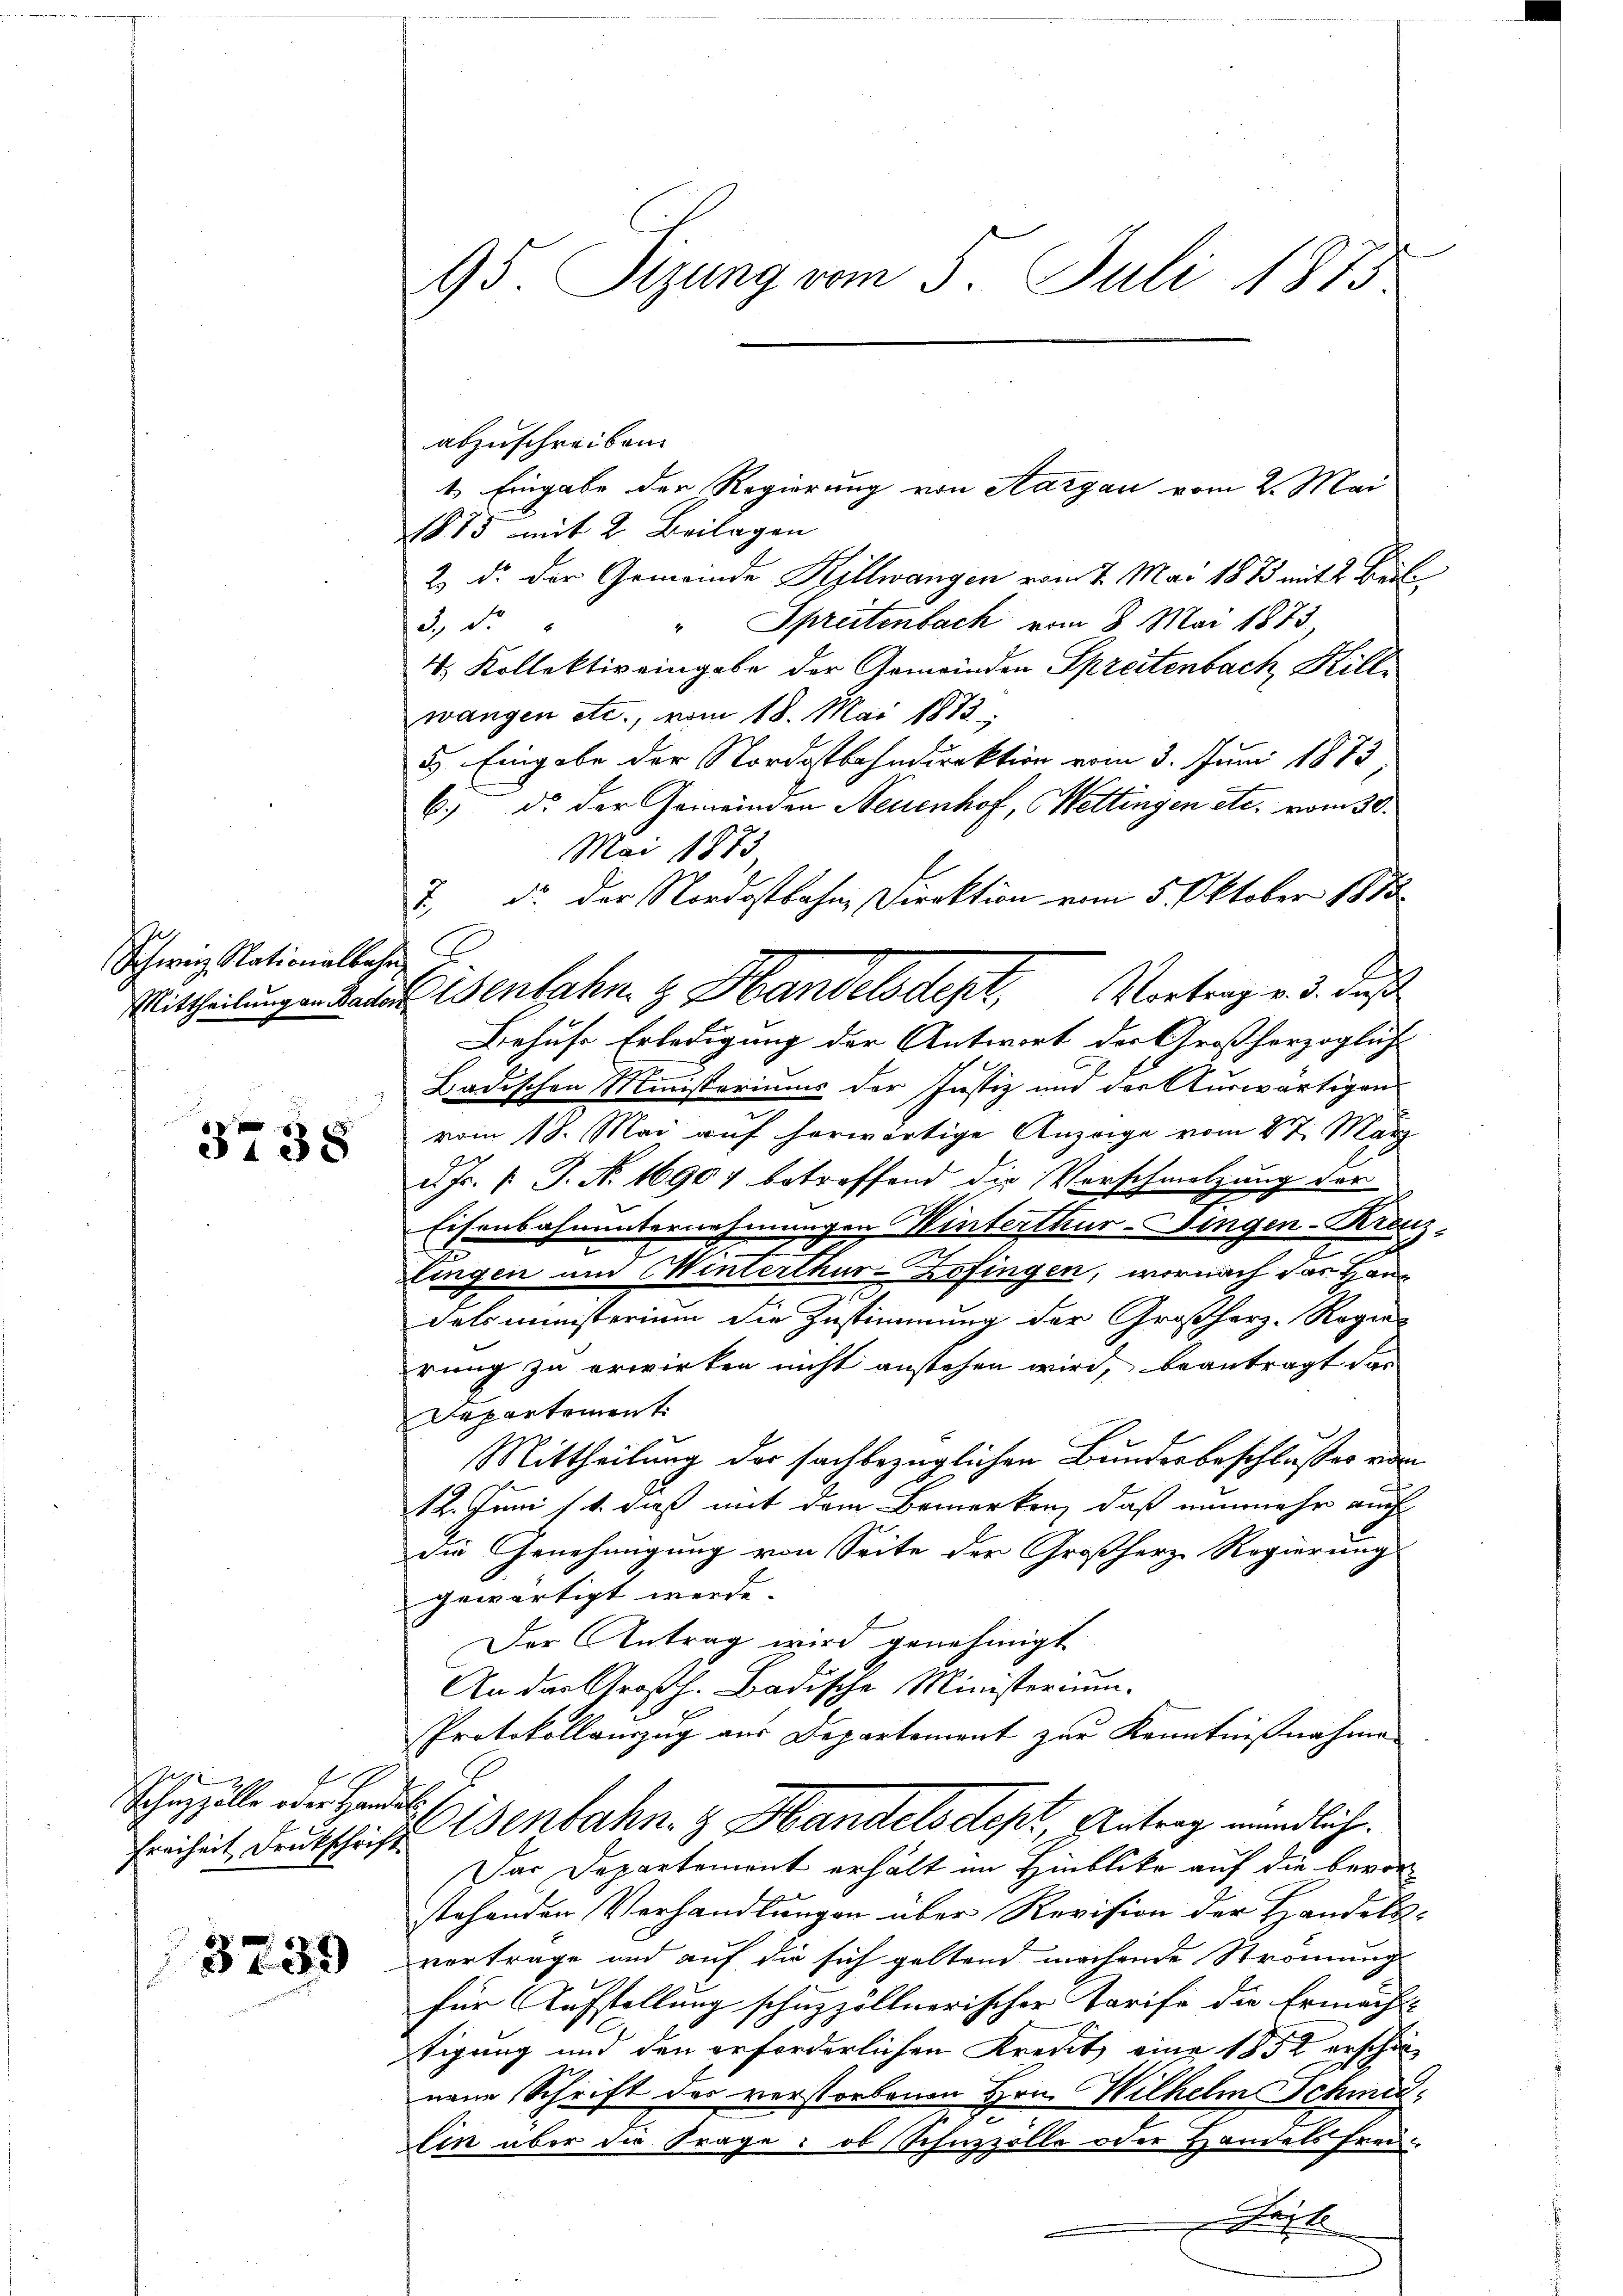
Schweiz Nationalbahn

s

3738

Schanzelle oder Herr

3739

95. Sizung vom 5. Juli 1875.

abzuschreiben.
4. Eingabe der Regierung von Aargau vom 2. Mai
1875 mit 2 Beilagen
2) Dr. der Gemeinde Kyllwangen vom 7. Mai 1873 mit 2. Beil
" Spreitenbach vom 8. Mai 1873,
3., di
4. Kollektiv eingabe der Gemeinden Spreitenbach, Killwangen etc., vom 18. Mai 1872
5 Eingabe der Nordostbahndirektion vom 3. Juni 1873
6. ds der Gemeinden Neuenhof, Wettingen etc. vom 30.
Mai 1873
7. d. der Nordostbahn, Direktion vom 5. Oktober 1858
Behufe Erledigung der Antwort der Großherzoglich
u
Badischen Ministeriums der Justiz und der Auswärtigen
vom 18. Mai auf herwärtige Anzeige vom 27. März
2 Fr. v. J. N. 16907 betreffend die Verschmelzung der
u
Eisenbahnunternehmungen Winterthur-Dingen-Kranz,
lingen und Winterthur-Zofingen, wornach das Haup
delsministerium die Zustimmung der Großherz-Regierung zu erwirken nicht anstehen wird, beantragt das
Departement.
Mittheilung der sachbezüglichen Bundesbeschlusses von
12. Juni st. dieß mit dem Bemerken, daß nunmehr auch
die Genehmigung von Seite der Großherz Regierung
gewärtigt werde.
Der Antrag wird genehmigt
An das Großh. Badische Ministerium.
Protokollauszug aus Departement zur Kenntnißnahme
d
Freiheit, Deutschicht Isenbahn- & Handels des Antrag mündliche
Der Departement erhält im Hinblicke auf die bevorstehenden Verhandlungen über Revision der Handelsvertrage und auf die sich geltend machende Strömung
für Aufstellung schuzzöllnerischer Tarife die Ermächt-
tigung und den erforderlichen Kredit eine 1852 erschön
neue Schrift des verstorbenen Hrn. Wilhelm Schmidlin über die Frage: ob Schnzzölle oder Handels frei¬
Fest

Mittheilungen Rades enfahn z. Handelsdept, Vortrag v. 3. daß